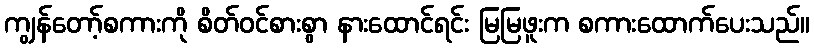
ကျွန်တော့်စကားကို စိတ်ဝင်စားစွာ နားထောင်ရင်း မြမြဖူးက စကားထောက်ပေးသည်။